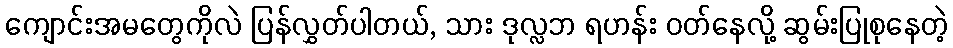
ကျောင်းအမတွေကိုလဲ ပြန်လွှတ်ပါတယ်, သား ဒုလ္လဘ ရဟန်း ဝတ်နေလို့ ဆွမ်းပြုစုနေတဲ့